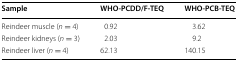
| Sample | WHO-PCDD/F-TEQ | WHO-PCB-TEQ |
 | --- | --- | --- |
 | Reindeer muscle (n = 4) | 0.92 | 3.62 |
 | Reindeer kidneys (n = 3) | 2.03 | 9.2 |
 | Reindeer liver (n = 4) | 62.13 | 140.15 |